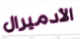
الأدميرال